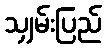
သျှမ်းပြည်